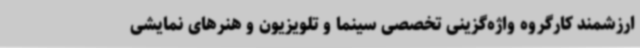
ارزشمند کارگروه واژه‌گزینی تخصصی سینما و تلویزیون و هنرهای نمایشی